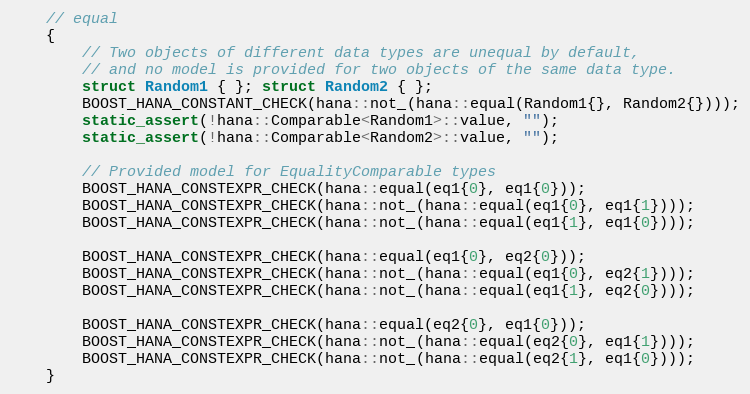
Language: C++
    // equal
    {
        // Two objects of different data types are unequal by default,
        // and no model is provided for two objects of the same data type.
        struct Random1 { }; struct Random2 { };
        BOOST_HANA_CONSTANT_CHECK(hana::not_(hana::equal(Random1{}, Random2{})));
        static_assert(!hana::Comparable<Random1>::value, "");
        static_assert(!hana::Comparable<Random2>::value, "");

        // Provided model for EqualityComparable types
        BOOST_HANA_CONSTEXPR_CHECK(hana::equal(eq1{0}, eq1{0}));
        BOOST_HANA_CONSTEXPR_CHECK(hana::not_(hana::equal(eq1{0}, eq1{1})));
        BOOST_HANA_CONSTEXPR_CHECK(hana::not_(hana::equal(eq1{1}, eq1{0})));

        BOOST_HANA_CONSTEXPR_CHECK(hana::equal(eq1{0}, eq2{0}));
        BOOST_HANA_CONSTEXPR_CHECK(hana::not_(hana::equal(eq1{0}, eq2{1})));
        BOOST_HANA_CONSTEXPR_CHECK(hana::not_(hana::equal(eq1{1}, eq2{0})));

        BOOST_HANA_CONSTEXPR_CHECK(hana::equal(eq2{0}, eq1{0}));
        BOOST_HANA_CONSTEXPR_CHECK(hana::not_(hana::equal(eq2{0}, eq1{1})));
        BOOST_HANA_CONSTEXPR_CHECK(hana::not_(hana::equal(eq2{1}, eq1{0})));
    }